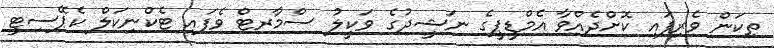
ތިކަން ވެރިފައި ކޮށްދެއްވާ އެމްޑީޕީގެ ނަޝީދުގެ ވަކީލު ސްމާރޓް ވެފައި ޓެކްނިކަލް ކެޕޭސިޓީ